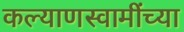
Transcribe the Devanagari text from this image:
कल्याणस्वामींच्या